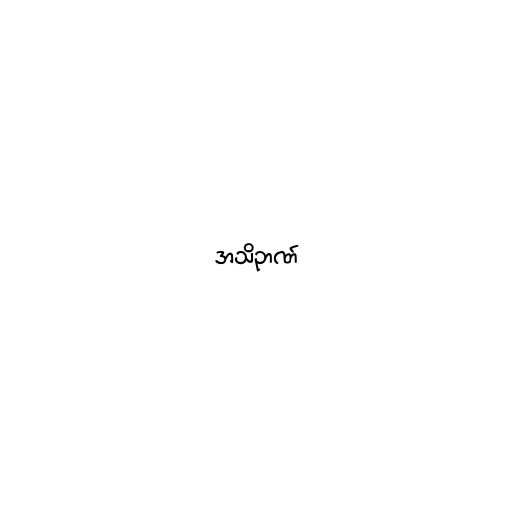
အသိဉာဏ်